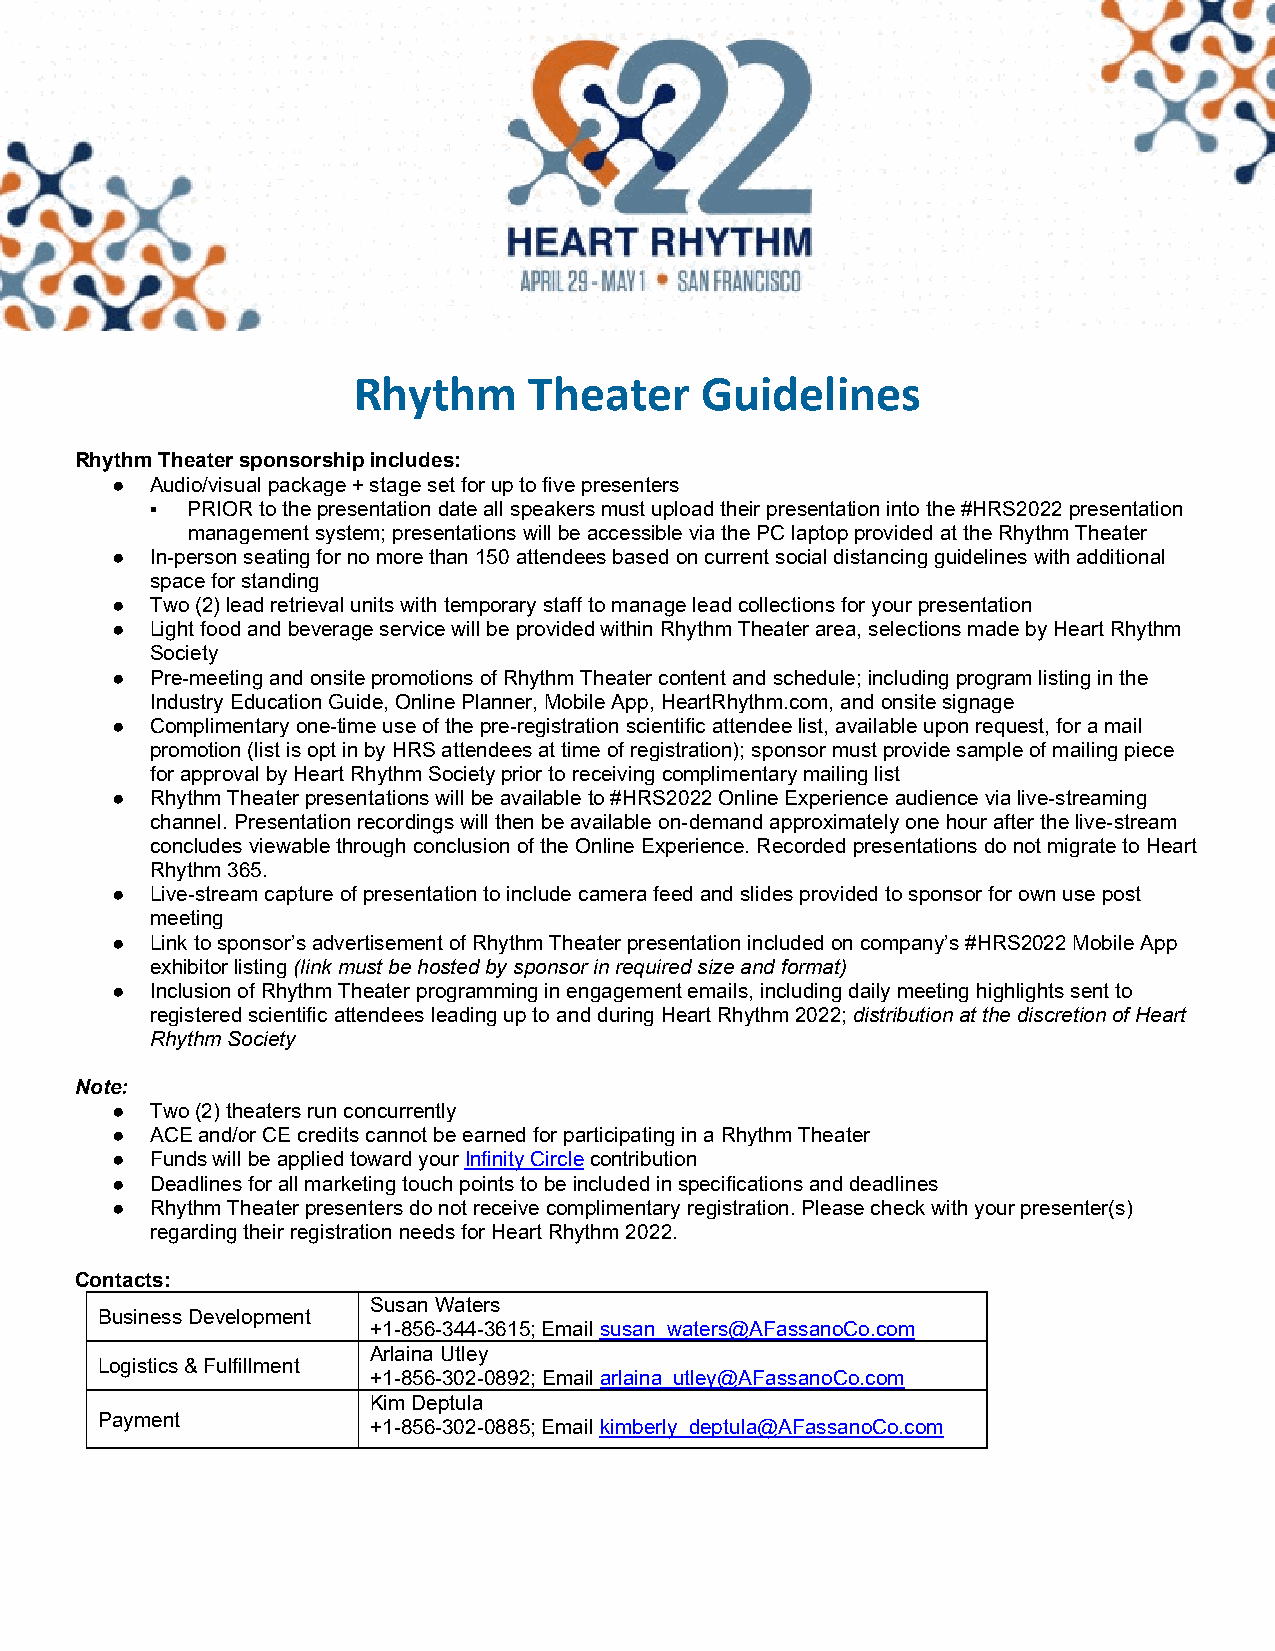
Rhythm      Theater    Guidelines
 Rhythm Theater sponsorship includes:
 ●  Audio/visual package + stage set for up to five presenters
 ▪ PRIOR to the presentation date all speakers must upload their presentation into the #HRS2022 presentation
 management system; presentations will be accessible via the PC laptop provided at the Rhythm Theater
 ●  In-person seating for no more than 150 attendees based on current social distancing guidelines with additional
 space for standing
 ●  Two (2) lead retrieval units with temporary staff to manage lead collections for your presentation
 ●  Light food and beverage service will be provided within Rhythm Theater area, selections made by Heart Rhythm
 Society
 ●  Pre-meeting and onsite promotions of Rhythm Theater content and schedule; including program listing in the
 Industry Education Guide, Online Planner, Mobile App, HeartRhythm.com, and onsite signage
 ●  Complimentary one-time use of the pre-registration scientific attendee list, available upon request, for a mail
 promotion (list is opt in by HRS attendees at time of registration); sponsor must provide sample of mailing piece
 for approval by Heart Rhythm Society prior to receiving complimentary mailing list
 ●  Rhythm Theater presentations will be available to #HRS2022 Online Experience audience via live-streaming
 channel. Presentation recordings will then be available on-demand approximately one hour after the live-stream
 concludes viewable through conclusion of the Online Experience. Recorded presentations do not migrate to Heart
 Rhythm 365.
 ●  Live-stream capture of presentation to include camera feed and slides provided to sponsor for own use post
 meeting
 ●  Link to sponsor’s advertisement of Rhythm Theater presentation included on company’s #HRS2022 Mobile App
 exhibitor listing (link must be hosted by sponsor in required size and format)
 ●  Inclusion of Rhythm Theater programming in engagement emails, including daily meeting highlights sent to
 registered scientific attendees leading up to and during Heart Rhythm 2022; distribution at the discretion of Heart
 Rhythm Society
 Note:
 ●  Two (2) theaters run concurrently
 ●  ACE and/or CE credits cannot be earned for participating in a Rhythm Theater
 ●  Funds will be applied toward your Infinity Circle contribution
 ●  Deadlines for all marketing touch points to be included in specifications and deadlines
 ●  Rhythm Theater presenters do not receive complimentary registration. Please check with your presenter(s)
 regarding their registration needs for Heart Rhythm 2022.
 Contacts:
 Susan Waters
 Business Development
 +1-856-344-3615; Email susan_waters@AFassanoCo.com
 Arlaina Utley
 Logistics & Fulfillment
 +1-856-302-0892; Email arlaina_utley@AFassanoCo.com
 Kim Deptula
 Payment
 +1-856-302-0885; Email kimberly_deptula@AFassanoCo.com